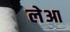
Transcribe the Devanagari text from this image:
लेआ